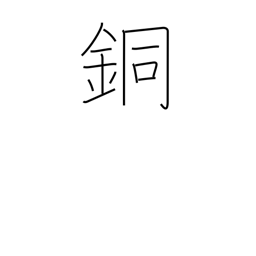
Meaning: copper